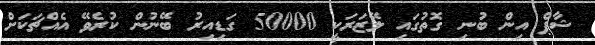
ޝާޕް އިން ބުނި ގޮތުގައި ލޭޒަރަކީ 50000 ގަޑިއިރު ބޭނުން ކުރެވޭ އެއްޗަކަށް